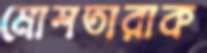
মোশতারাক